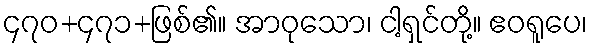
၄၇၀+၄၇၁+ဖြစ်၏။ အာဝုသော၊ ငါ့ရှင်တို့။ ဧဝရူပေ၊